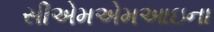
સીએમએમઆઇના